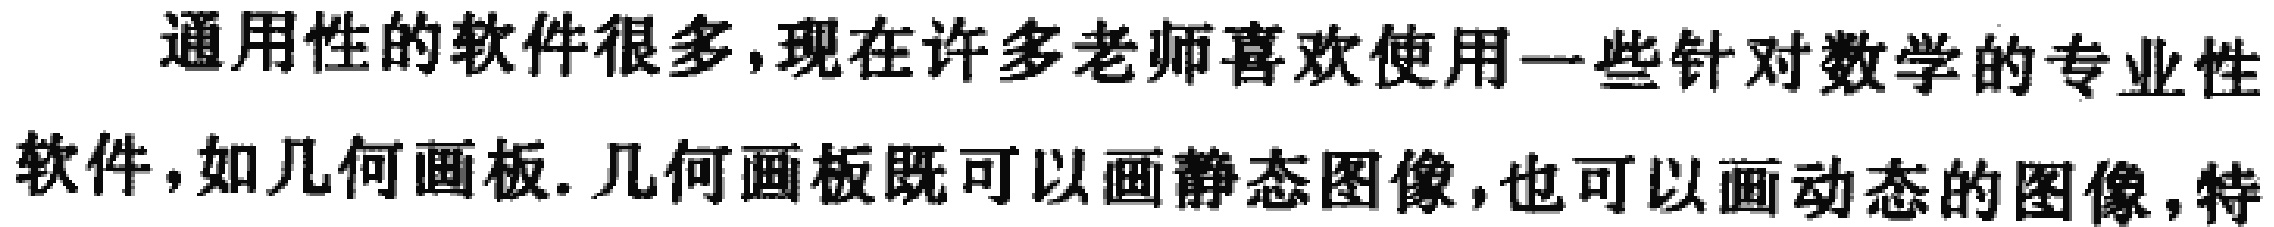
通用性的软件很多,现在许多老师喜欢使用一些针对数学的专业性软件,如几何画板.几何画板既可以画静态图像,也可以画动态的图像,特